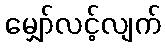
မျှော်လင့်လျက်